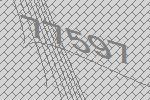
77597